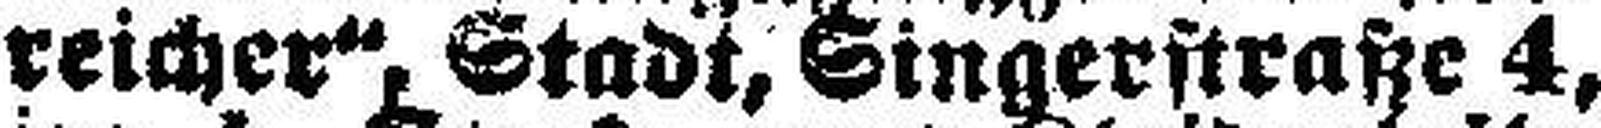
reicher“, Stadt, Singerstraße 4,